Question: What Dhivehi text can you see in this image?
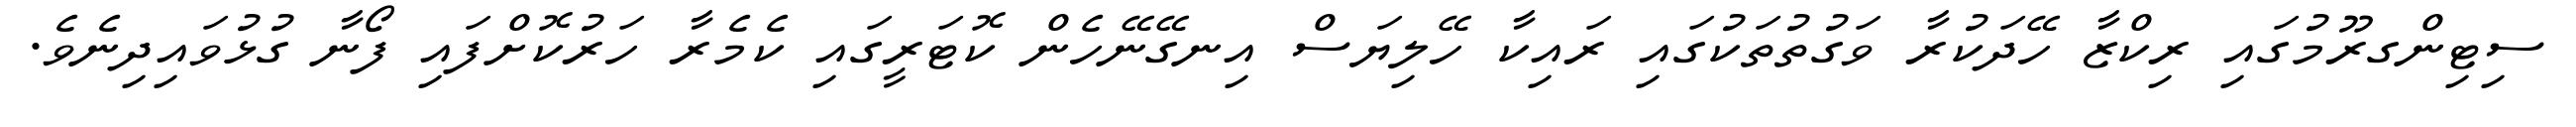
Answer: ސިޓިންގރޫމުގައި ރިކްޒާ ހޭދަކުރާ ވަގުތުތަކުގައި ރައިކާ ހޭލިޔަސް އިނގޭނޭހެން ކޮޓަރީގައި ކެމެރާ ހަރުކޮށްފައި ފޯނާ ގުޅުވައިދިނެވެ.